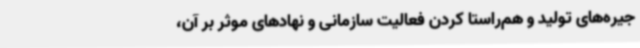
جیره‌های تولید و هم‌راستا کردن فعالیت سازمانی و نهادهای موثر بر آن،